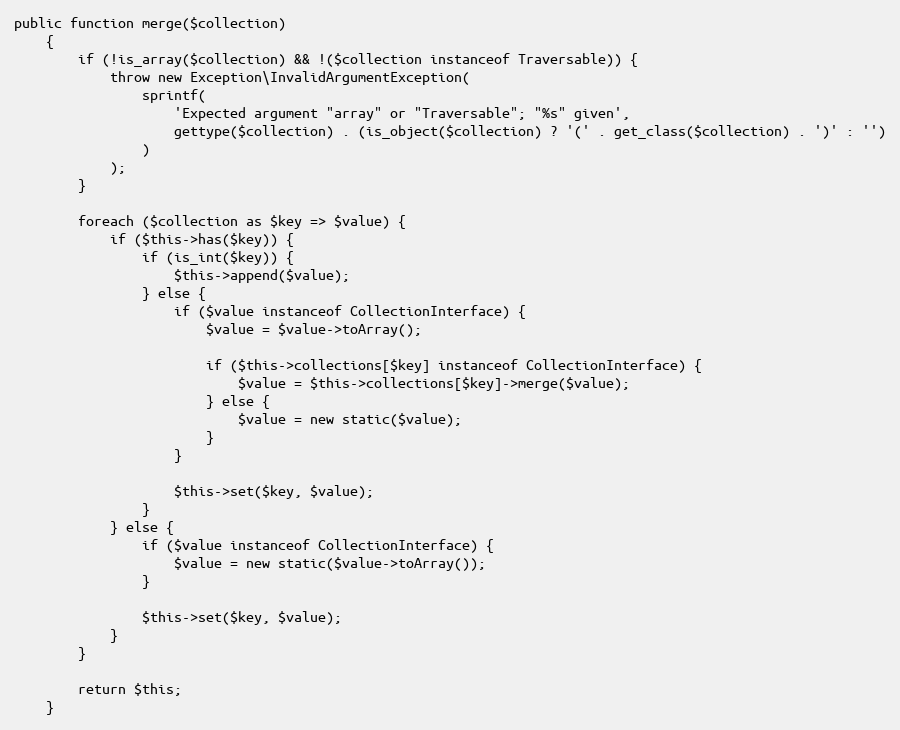
Language: PHP
public function merge($collection)
    {
        if (!is_array($collection) && !($collection instanceof Traversable)) {
            throw new Exception\InvalidArgumentException(
                sprintf(
                    'Expected argument "array" or "Traversable"; "%s" given',
                    gettype($collection) . (is_object($collection) ? '(' . get_class($collection) . ')' : '')
                )
            );
        }

        foreach ($collection as $key => $value) {
            if ($this->has($key)) {
                if (is_int($key)) {
                    $this->append($value);
                } else {
                    if ($value instanceof CollectionInterface) {
                        $value = $value->toArray();

                        if ($this->collections[$key] instanceof CollectionInterface) {
                            $value = $this->collections[$key]->merge($value);
                        } else {
                            $value = new static($value);
                        }
                    }

                    $this->set($key, $value);
                }
            } else {
                if ($value instanceof CollectionInterface) {
                    $value = new static($value->toArray());
                }

                $this->set($key, $value);
            }
        }

        return $this;
    }